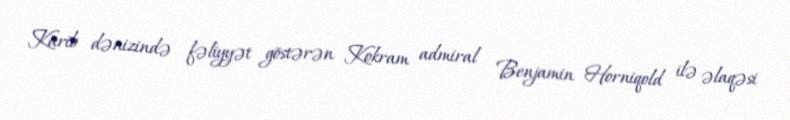
Karib dənizində fəliyyət göstərən Kokram admiral Benjamin Horniqold ilə əlaqəsi